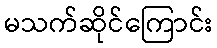
မသက်ဆိုင်ကြောင်း